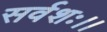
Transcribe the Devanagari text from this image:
सर्वशः।।